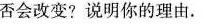
否会改变?说明你的理由。